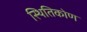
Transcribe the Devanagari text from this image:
स्थितिकोण